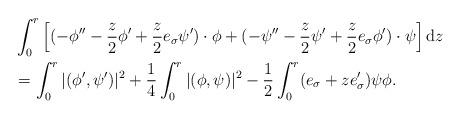
LaTeX: \begin{align*} &\int_0^r \left[(-\phi''-\frac{z}{2}\phi'+\frac{z}{2}e_\sigma\psi')\cdot\phi+(-\psi''-\frac{z}{2}\psi'+\frac{z}{2}e_\sigma\phi')\cdot\psi\right]{\rm{d}}z\\ &=\int_0^r |(\phi',\psi')|^2+\frac{1}{4}\int_0^r |(\phi,\psi)|^2-\frac{1}{2}\int_0^r (e_\sigma+ze_\sigma')\psi\phi.\end{align*}